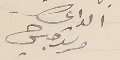
الداعي مرشد حبشي